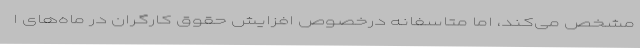
مشخص می‌کند، اما متاسفانه درخصوص افزایش حقوق کارگران در ماه‌های ا